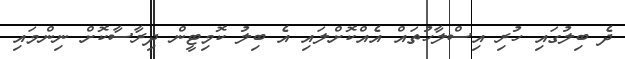
ދެ ބިލުގައި ހުރި އިސްލާހުތައް އެއްކޮށްލައި އެ ބިލު ކޮމިޓީން ދިރާސާކޮށް ނިންމައި